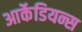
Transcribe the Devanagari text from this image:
आर्केडियन्स